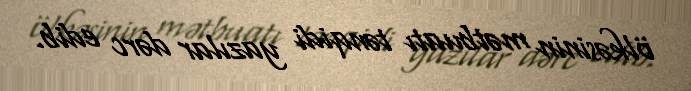
ölkəsinin mətbuatı tənqidi yazılar dərc edib.